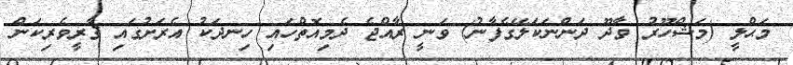
މަޙްލީ (މަޝްހޫރު ވާދޫ ދަންނަކަލޭގެފާނު) ވަނީ ރާއްޖެ ދެމިއޮތްހައި ހިނދަކު އެރަށުގައި ޤާރީވެރިކަން